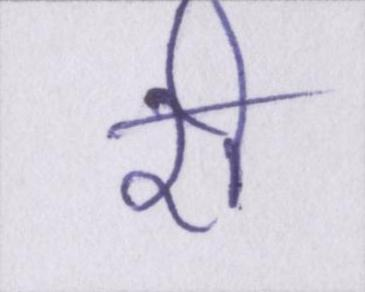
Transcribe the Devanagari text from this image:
री